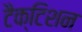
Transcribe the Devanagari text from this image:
टैक्टिशन